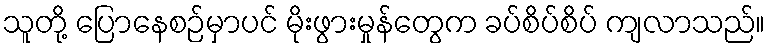
သူတို့ ပြောနေစဉ်မှာပင် မိုးဖွားမှုန်တွေက ခပ်စိပ်စိပ် ကျလာသည်။